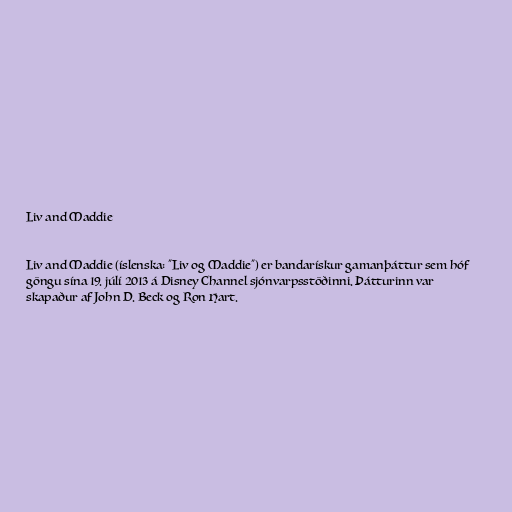
Liv and Maddie

Liv and Maddie (íslenska: "Liv og Maddie") er bandarískur gamanþáttur sem hóf
göngu sína 19. júlí 2013 á Disney Channel sjónvarpsstöðinni. Þátturinn var
skapaður af John D. Beck og Ron Hart.